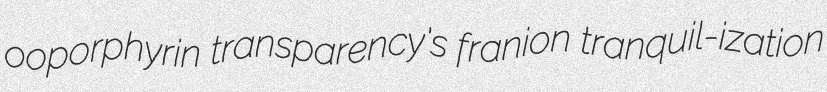
ooporphyrin transparency's franion tranquil-ization